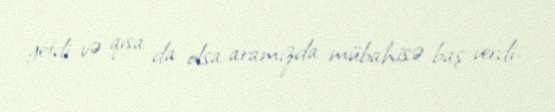
getdi və qısa da olsa aramızda mübahisə baş verdi.